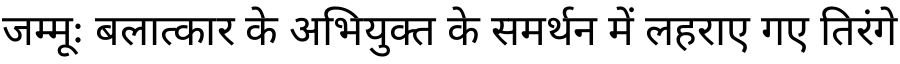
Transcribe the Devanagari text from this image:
जम्मूः बलात्कार के अभियुक्त के समर्थन में लहराए गए तिरंगे